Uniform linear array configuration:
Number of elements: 4
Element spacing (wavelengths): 1
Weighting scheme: blackman
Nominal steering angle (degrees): -45
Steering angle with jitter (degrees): -44.503
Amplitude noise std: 0.05
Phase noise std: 0.05

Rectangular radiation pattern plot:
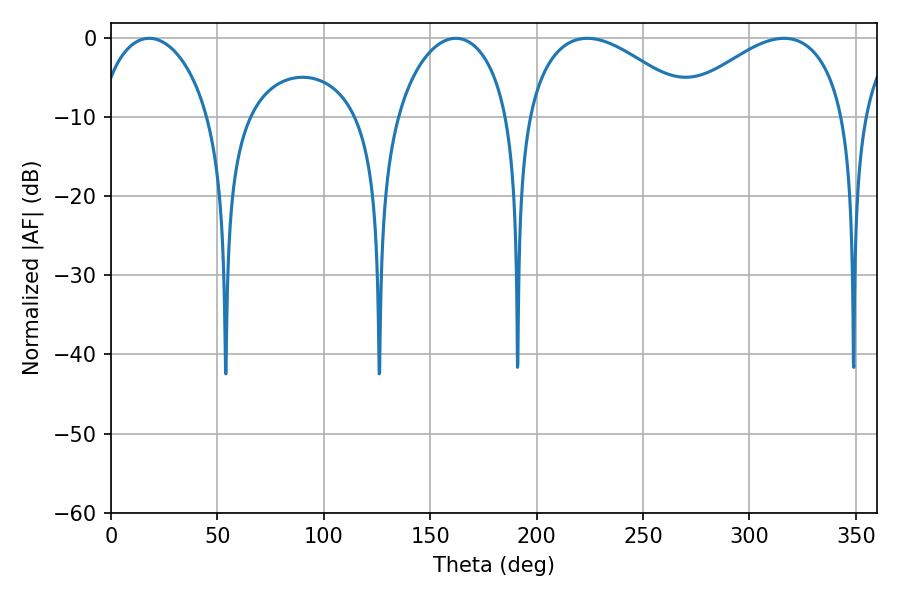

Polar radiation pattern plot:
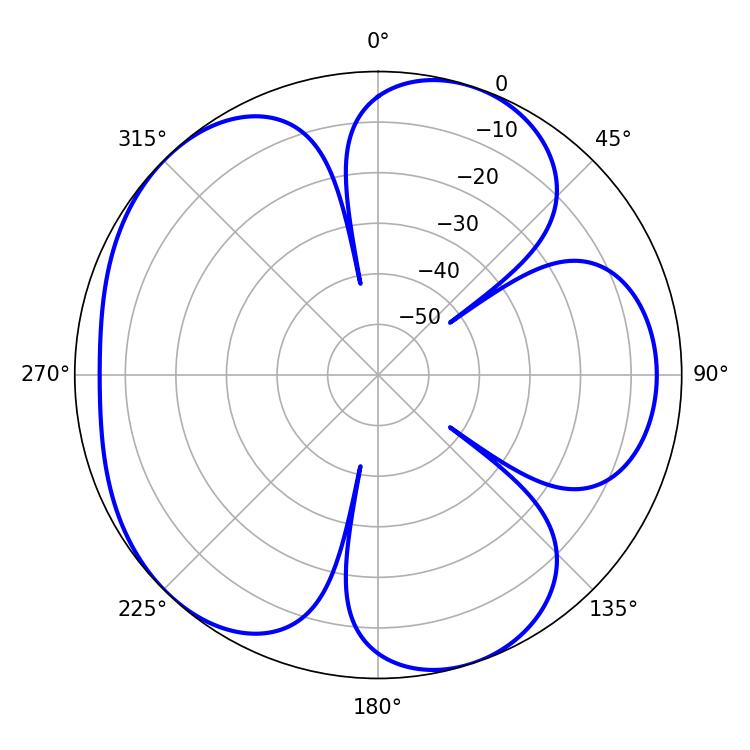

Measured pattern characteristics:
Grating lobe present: TRUE
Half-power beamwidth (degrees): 43.92
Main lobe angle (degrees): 223.74